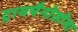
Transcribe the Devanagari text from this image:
ट्रायपैनोसोमा